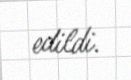
edildi.